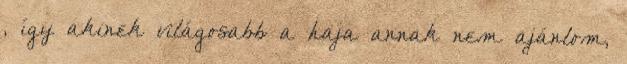
, így akinek világosabb a haja annak nem ajánlom,